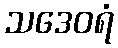
သဒေဝရံ